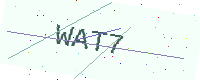
Text: WAT7